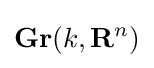
\mathbf {Gr} (k,\mathbf {R} ^{n})